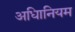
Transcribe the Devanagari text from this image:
अधिानियम